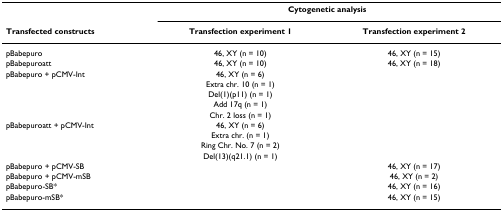
|  | <COLSPAN=2> Cytogenetic analysis |
 | Transfected constructs | Transfection experiment 1 | Transfection experiment 2 |
 | --- | --- | --- |
 | pBabepuro | 46, XY (n = 10) | 46, XY (n = 15) |
 | pBabepuroatt | 46, XY (n = 10) | 46, XY (n = 18) |
 | pBabepuro + pCMV-Int | 46, XY (n = 6) |  |
 |  | Extra chr. 10 (n = 1) |  |
 |  | Del(1)(p11) (n = 1) |  |
 |  | Add 17q (n = 1) |  |
 |  | Chr. 2 loss (n = 1) |  |
 | pBabepuroatt + pCMV-Int | 46, XY (n = 6) |  |
 |  | Extra chr. (n = 1) |  |
 |  | Ring Chr. No. 7 (n = 2) |  |
 |  | Del(13)(q21.1) (n = 1) |  |
 | pBabepuro + pCMV-SB |  | 46, XY (n = 17) |
 | pBabepuro + pCMV-mSB |  | 46, XY (n = 2) |
 | pBabepuro-SB* |  | 46, XY (n = 16) |
 | pBabepuro-mSB* |  | 46, XY (n = 15) |